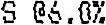
S @6.0%